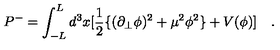
P ^ { - } = \int _ { - L } ^ { L } d ^ { 3 } x [ \frac { 1 } { 2 } \{ ( \partial _ { \bot } \phi ) ^ { 2 } + \mu ^ { 2 } \phi ^ { 2 } \} + V ( \phi ) ] \quad .